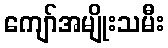
ကျော်အမျိုးသမီး